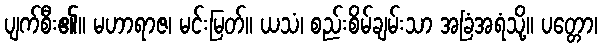
ပျက်စီး၏။ မဟာရာဇ၊ မင်းမြတ်။ ယသံ၊ စည်းစိမ်ချမ်းသာ အခြံအရံသို့။ ပတ္တော၊